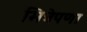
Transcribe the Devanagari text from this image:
भित्रेपणा